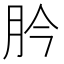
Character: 肣